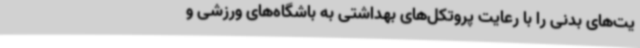
یت‌های بدنی را با رعایت پروتکل‌های بهداشتی به باشگاه‌های ورزشی و